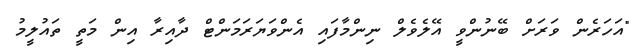
"އަހަރެން ވަރަށް ބޭނުންވީ އޭލެވެލް ނިންމާފައި އެންވަޔަރަމަންޓް ދާއިރާ އިން މަތީ ތައުލީމު